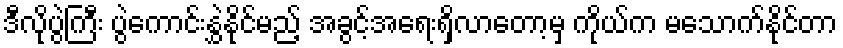
ဒီလိုပွဲကြီး ပွဲကောင်းနွှဲနိုင်မည့် အခွင့်အရေးရှိလာတော့မှ ကိုယ်က မသောက်နိုင်တာ